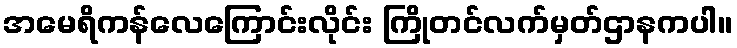
အမေရိကန်လေကြောင်းလိုင်း ကြိုတင်လက်မှတ်ဌာနကပါ။